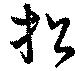
招